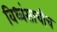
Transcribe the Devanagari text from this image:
विध्वंसाचीच